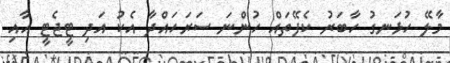
މާލޭ ހުޅަނގު ހާބަރު ކެފޭތައް ހުންނަ ސަރަހައްދާ އެކު އަދި ޓީޖެޓީ އާއި